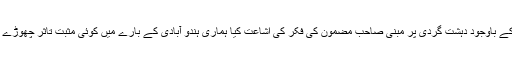
اس کے باوجود دہشت گردی پر مبنی صاحب مضمون کی فکر کی اشاعت کیا ہماری ہندو آبادی کے بارے میں کوئی مثبت تاثر چھوڑے گی؟